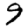
Digit: 9